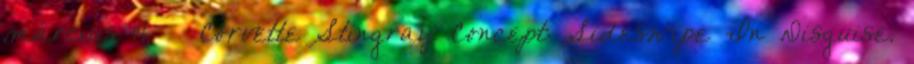
március 14. ↑ Corvette Stingray Concept: Sideswipe In Disguise.